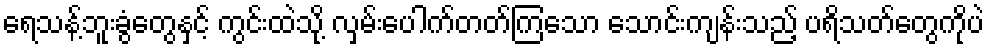
ရေသန့်ဘူးခွံတွေနှင့် ကွင်းထဲသို့ လှမ်းပေါက်တတ်ကြသော သောင်းကျန်းသည့် ပရိသတ်တွေကိုပဲ